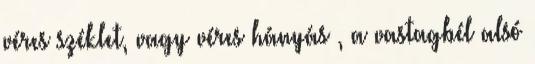
véres széklet, vagy véres hányás , a vastagbél alsó